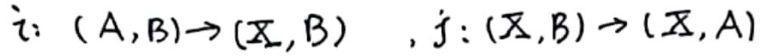
$i: (A,B)\to (\Sigma,B)\ , j: (\Sigma,B)\to (\Sigma,A)$